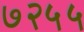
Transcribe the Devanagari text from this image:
७२५५